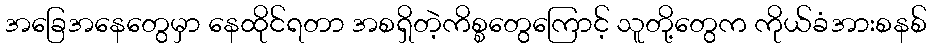
အခြေအနေတွေမှာ နေထိုင်ရတာ အစရှိတဲ့ကိစ္စတွေကြောင့် သူတို့တွေက ကိုယ်ခံအားစနစ်